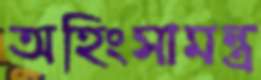
অহিংসামন্ত্র